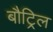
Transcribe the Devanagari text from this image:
बौट्रिल